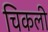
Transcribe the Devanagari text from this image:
चिकली